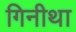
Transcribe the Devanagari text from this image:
गिनीथा